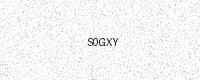
Text: S0GXY